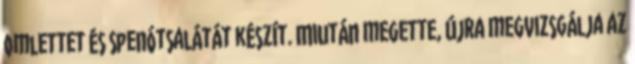
omlettet és spenótsalátát készít. Miután megette, újra megvizsgálja az